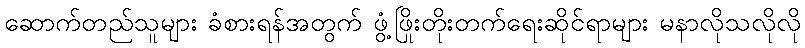
ဆောက်တည်သူများ ခံစားရန်အတွက် ဖွံ့ဖြိုးတိုးတက်ရေးဆိုင်ရာများ မနာလိုသလိုလို